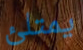
يمتلئ